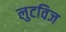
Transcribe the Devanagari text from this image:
लुटविज